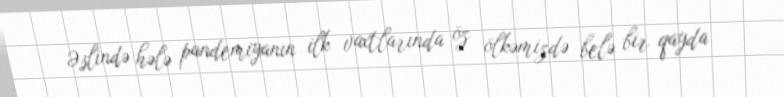
Əslində hələ pandemiyanın ilk vaxtlarında öz ölkəmizdə belə bir qayda